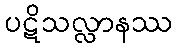
ပဋိသလ္လာနဿ